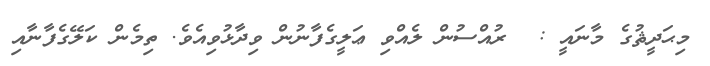
މިޙަދީޘުގެ މާނައީ :  ރުއްސުން ލެއްވި ޢަލީގެފާނުން ވިދާޅުވިއެވެ. ތިމެން ކަލޭގެފާނާއި